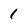
Character: 1